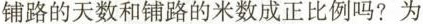
铺路的天数和铺路的米数成正比例吗?为